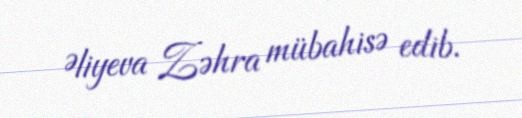
Əliyeva Zəhra mübahisə edib.